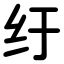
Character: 纡